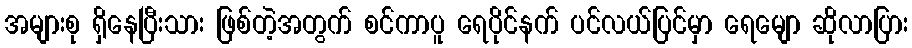
အများစု ရှိနေပြီးသား ဖြစ်တဲ့အတွက် စင်ကာပူ ရေပိုင်နက် ပင်လယ်ပြင်မှာ ရေမျော ဆိုလာပြား